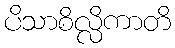
ပိသာစိလ္လိကာတိ